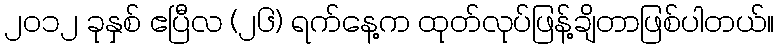
၂၀၁၂ ခုနှစ် ဧပြီလ (၂၆) ရက်နေ့က ထုတ်လုပ်ဖြန့်ချိတာဖြစ်ပါတယ်။